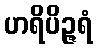
ဟရိပိဉ္ဇရံ